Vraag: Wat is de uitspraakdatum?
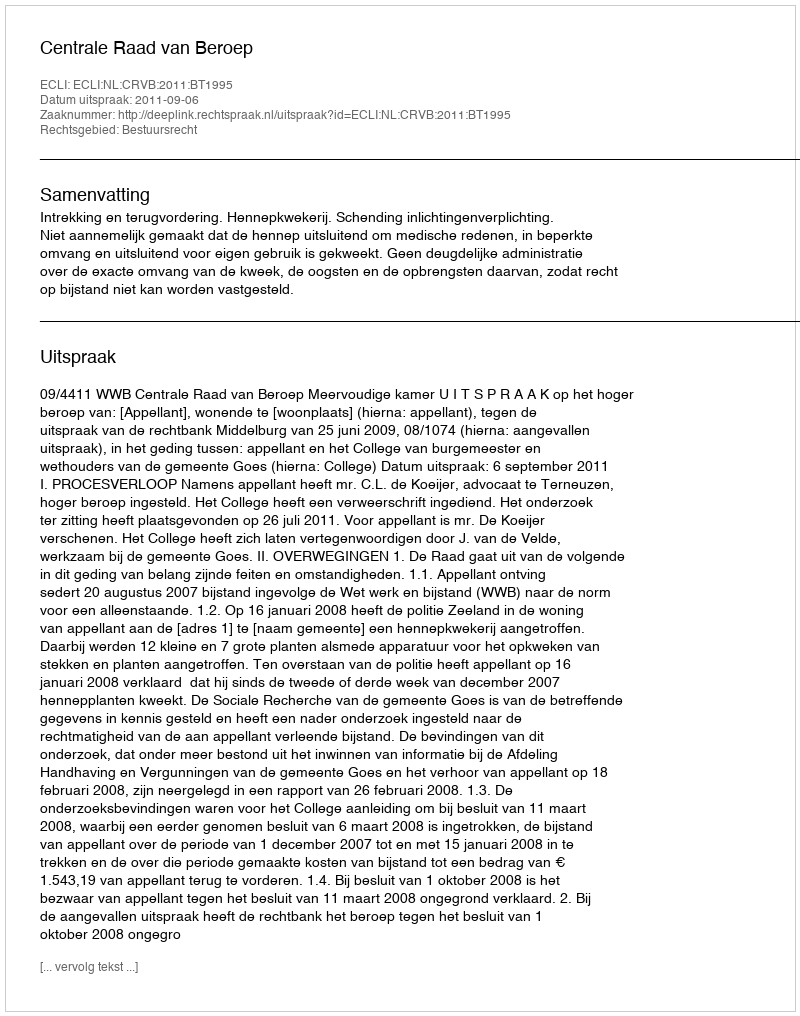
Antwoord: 2011-09-06